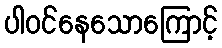
ပါဝင်နေသောကြောင့်